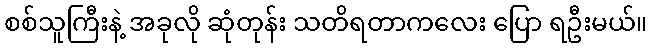
စစ်သူကြီးနဲ့ အခုလို ဆုံတုန်း သတိရတာကလေး ပြော ရဦးမယ်။